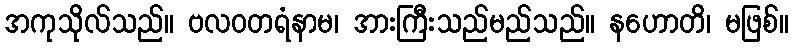
အကုသိုလ်သည်။ ဗလဝတရံနာမ၊ အားကြီးသည်မည်သည်။ နဟောတိ၊ မဖြစ်။